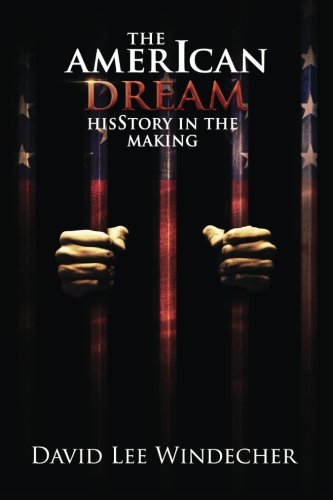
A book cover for The AmerIcan Dream: HisStory in the Making; David Lee Windecher; Biographies & Memoirs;